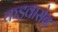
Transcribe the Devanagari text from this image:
कड़वासेब